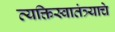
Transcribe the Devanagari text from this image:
व्यक्तिस्वातंत्र्याचे